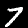
Label: 7